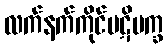
လက်နက်ကိုင်ပဋိပက္ခ